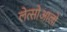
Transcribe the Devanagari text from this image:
लेत्सोआलो